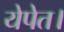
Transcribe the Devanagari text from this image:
येपेत।